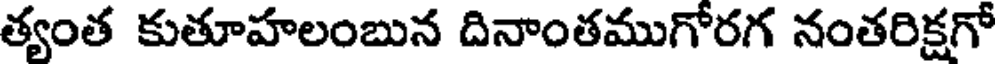
త్యంత కుతూహలంబున దినాంతముగోరగ నంతరిక్షగో